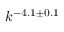
k ^ { - 4 . 1 \pm 0 . 1 }